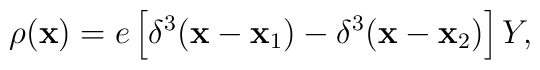
\rho ({\bf x}) = e \left[ \delta ^{3}({\bf x} - {\bf x_{\rm 1}}) -\delta ^{3} ({\bf x} -{\bf x_{\rm 2}} ) \right] Y,